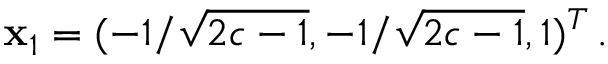
\mathbf { x } _ { 1 } = ( - 1 / \sqrt { 2 c - 1 } , - 1 / \sqrt { 2 c - 1 } , 1 ) ^ { T } \, .